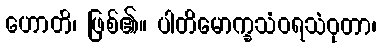
ဟောတိ၊ ဖြစ်၏။ ပါတိမောက္ခသံဝရသံဝုတာ၊